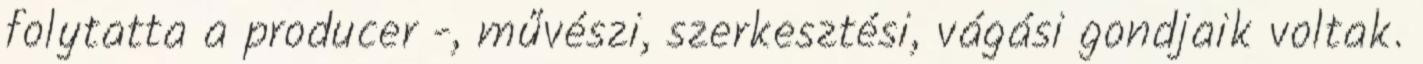
folytatta a producer -, művészi, szerkesztési, vágási gondjaik voltak.